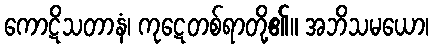
ကောဋိသတာနံ၊ ကုဋေတစ်ရာတို့၏။ အဘိသမယော၊